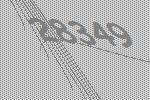
28349